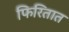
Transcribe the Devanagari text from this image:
फिरितात